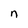
Character: n